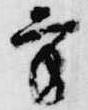
方